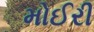
મોઈરી